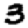
Digit: 3